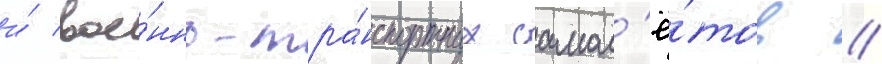
и́ вое́нно-тра́нспортных самол'ё́тов //